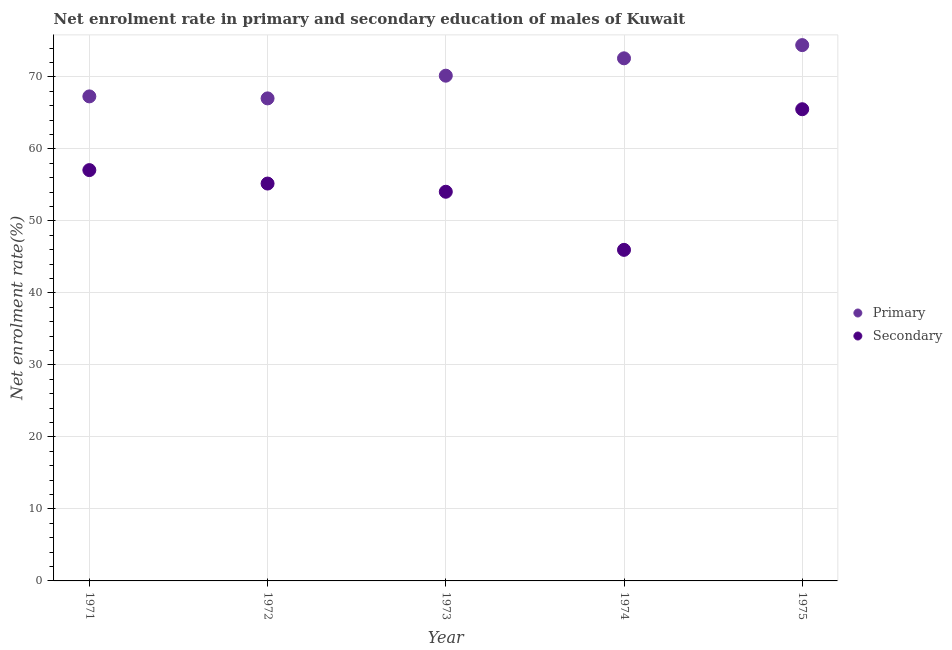
| Year | Primary | Secondary |
 | --- | --- | --- |
 | 1971 | 67.3 | 57.1 |
 | 1972 | 67 | 55.2 |
 | 1973 | 70.2 | 54 |
 | 1974 | 72.6 | 46 |
 | 1975 | 74.4 | 65.5 |